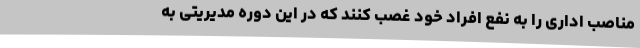
مناصب اداری را به نفع افراد خود غصب کنند که در این دوره مدیریتی به